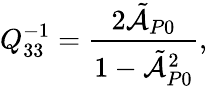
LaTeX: Q_{33}^{-1}=\frac{2\tilde{\mathcal{A}}_{P0}}{1-\tilde{\mathcal{A}}_{P0}^{2}},